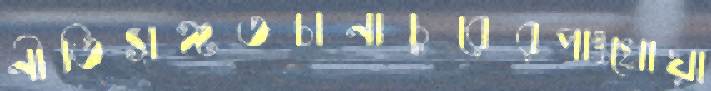
নীতিসঙ্গতচানাচুরেরপাংখোয়া